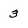
Character: 3